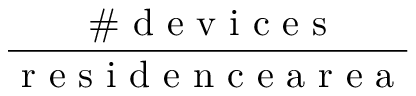
\frac { \mathrm { ~ \# ~ d ~ e ~ v ~ i ~ c ~ e ~ s ~ } } { \mathrm { ~ r ~ e ~ s ~ i ~ d ~ e ~ n ~ c ~ e ~ a ~ r ~ e ~ a ~ } }